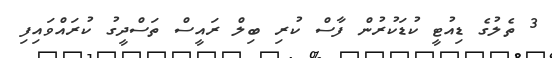
3 ތެލުގެ ޑިއުޓީ ކުޑަކުރުން ފާސް ކުރި ބިލް ރައީސް ތަސްދީގު ކުރައްވައިފި